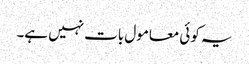
یہ کوئی معامول بات نہیں ہے۔